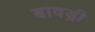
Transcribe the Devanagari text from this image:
बावड्री